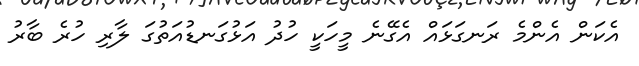
އެކަން އެންމެ ރަނގަޅައް އެގޭނެ މީހަކީ ހުދު އަޅުގަނޑުއަތުގަ ލާރި ހުރެ ބާރު